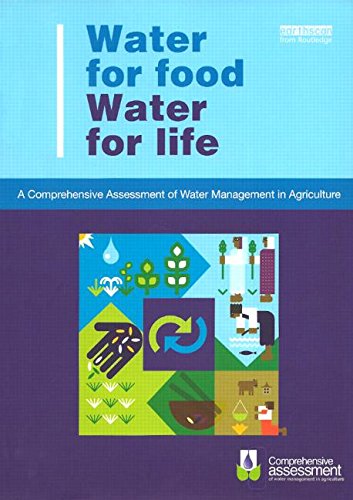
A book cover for Water for Food Water for Life: A Comprehensive Assessment of Water Management in Agriculture; Science & Math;